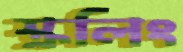
স্ক্রলিং